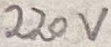
Text: 220V